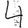
Digit: 4